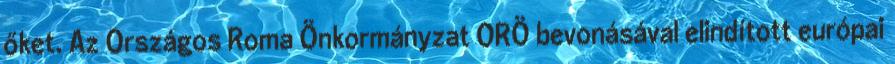
őket. Az Országos Roma Önkormányzat ORÖ bevonásával elindított európai